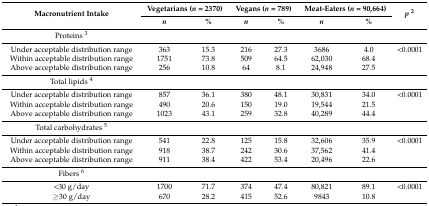
| <ROWSPAN=2> Macronutrient Intake | <COLSPAN=2> Vegetarians (n = 2370) | <COLSPAN=2> Vegans (n = 789) | <COLSPAN=2> Meat-Eaters (n = 90,664) | <ROWSPAN=2> p2 |
 | n | % | n | % | n | % |
 | --- | --- | --- | --- | --- | --- | --- | --- |
 | Proteins 3 |  |  |  |  |  |  |  |
 | Under acceptable distribution range | 363 | 15.3 | 216 | 27.3 | 3686 | 4.0 | <0.0001 |
 | Within acceptable distribution range | 1751 | 73.8 | 509 | 64.5 | 62,030 | 68.4 |  |
 | Above acceptable distribution range | 256 | 10.8 | 64 | 8.1 | 24,948 | 27.5 |  |
 | Total lipids 4 |  |  |  |  |  |  |  |
 | Under acceptable distribution range | 857 | 36.1 | 380 | 48.1 | 30,831 | 34.0 | <0.0001 |
 | Within acceptable distribution range | 490 | 20.6 | 150 | 19.0 | 19,544 | 21.5 |  |
 | Above acceptable distribution range | 1023 | 43.1 | 259 | 32.8 | 40,289 | 44.4 |  |
 | Total carbohydrates 5 |  |  |  |  |  |  |  |
 | Under acceptable distribution range | 541 | 22.8 | 125 | 15.8 | 32,606 | 35.9 | <0.0001 |
 | Within acceptable distribution range | 918 | 38.7 | 242 | 30.6 | 37,562 | 41.4 |  |
 | Above acceptable distribution range | 911 | 38.4 | 422 | 53.4 | 20,496 | 22.6 |  |
 | Fibers 6 |  |  |  |  |  |  |  |
 | <30 g/day | 1700 | 71.7 | 374 | 47.4 | 80,821 | 89.1 | <0.0001 |
 | ≥30 g/day | 670 | 28.2 | 415 | 52.6 | 9843 | 10.8 |  |